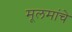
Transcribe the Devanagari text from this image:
मूलमांचे